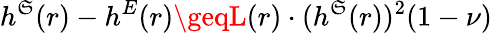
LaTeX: h^{\mathfrak{S}}(r)-h^{E}(r)\geqL(r)\cdot(h^{\mathfrak{S}}(r))^{2}(1-\nu)